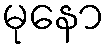
မုနော